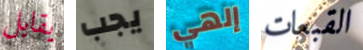
يقابل يجب إلهي القبعات